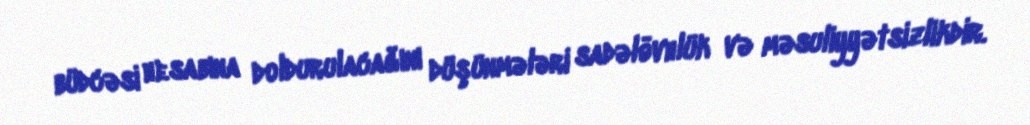
büdcəsi hesabına doldurulacağını düşünmələri sadəlövhlük və məsuliyyətsizlikdir.